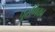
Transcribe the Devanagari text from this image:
पूरणिका